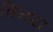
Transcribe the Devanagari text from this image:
विंन्ध्य